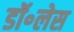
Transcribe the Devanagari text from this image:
डॉ॰लेस